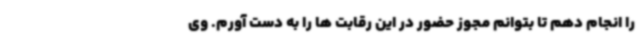
را انجام دهم تا بتوانم مجوز حضور در این رقابت ها را به دست آورم. وی